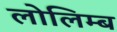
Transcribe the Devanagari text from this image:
लोलिम्ब